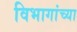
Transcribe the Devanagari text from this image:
विभागांच्‍या